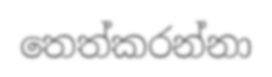
තෙත්කරන්නා